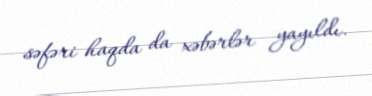
səfəri haqda da xəbərlər yayıldı.